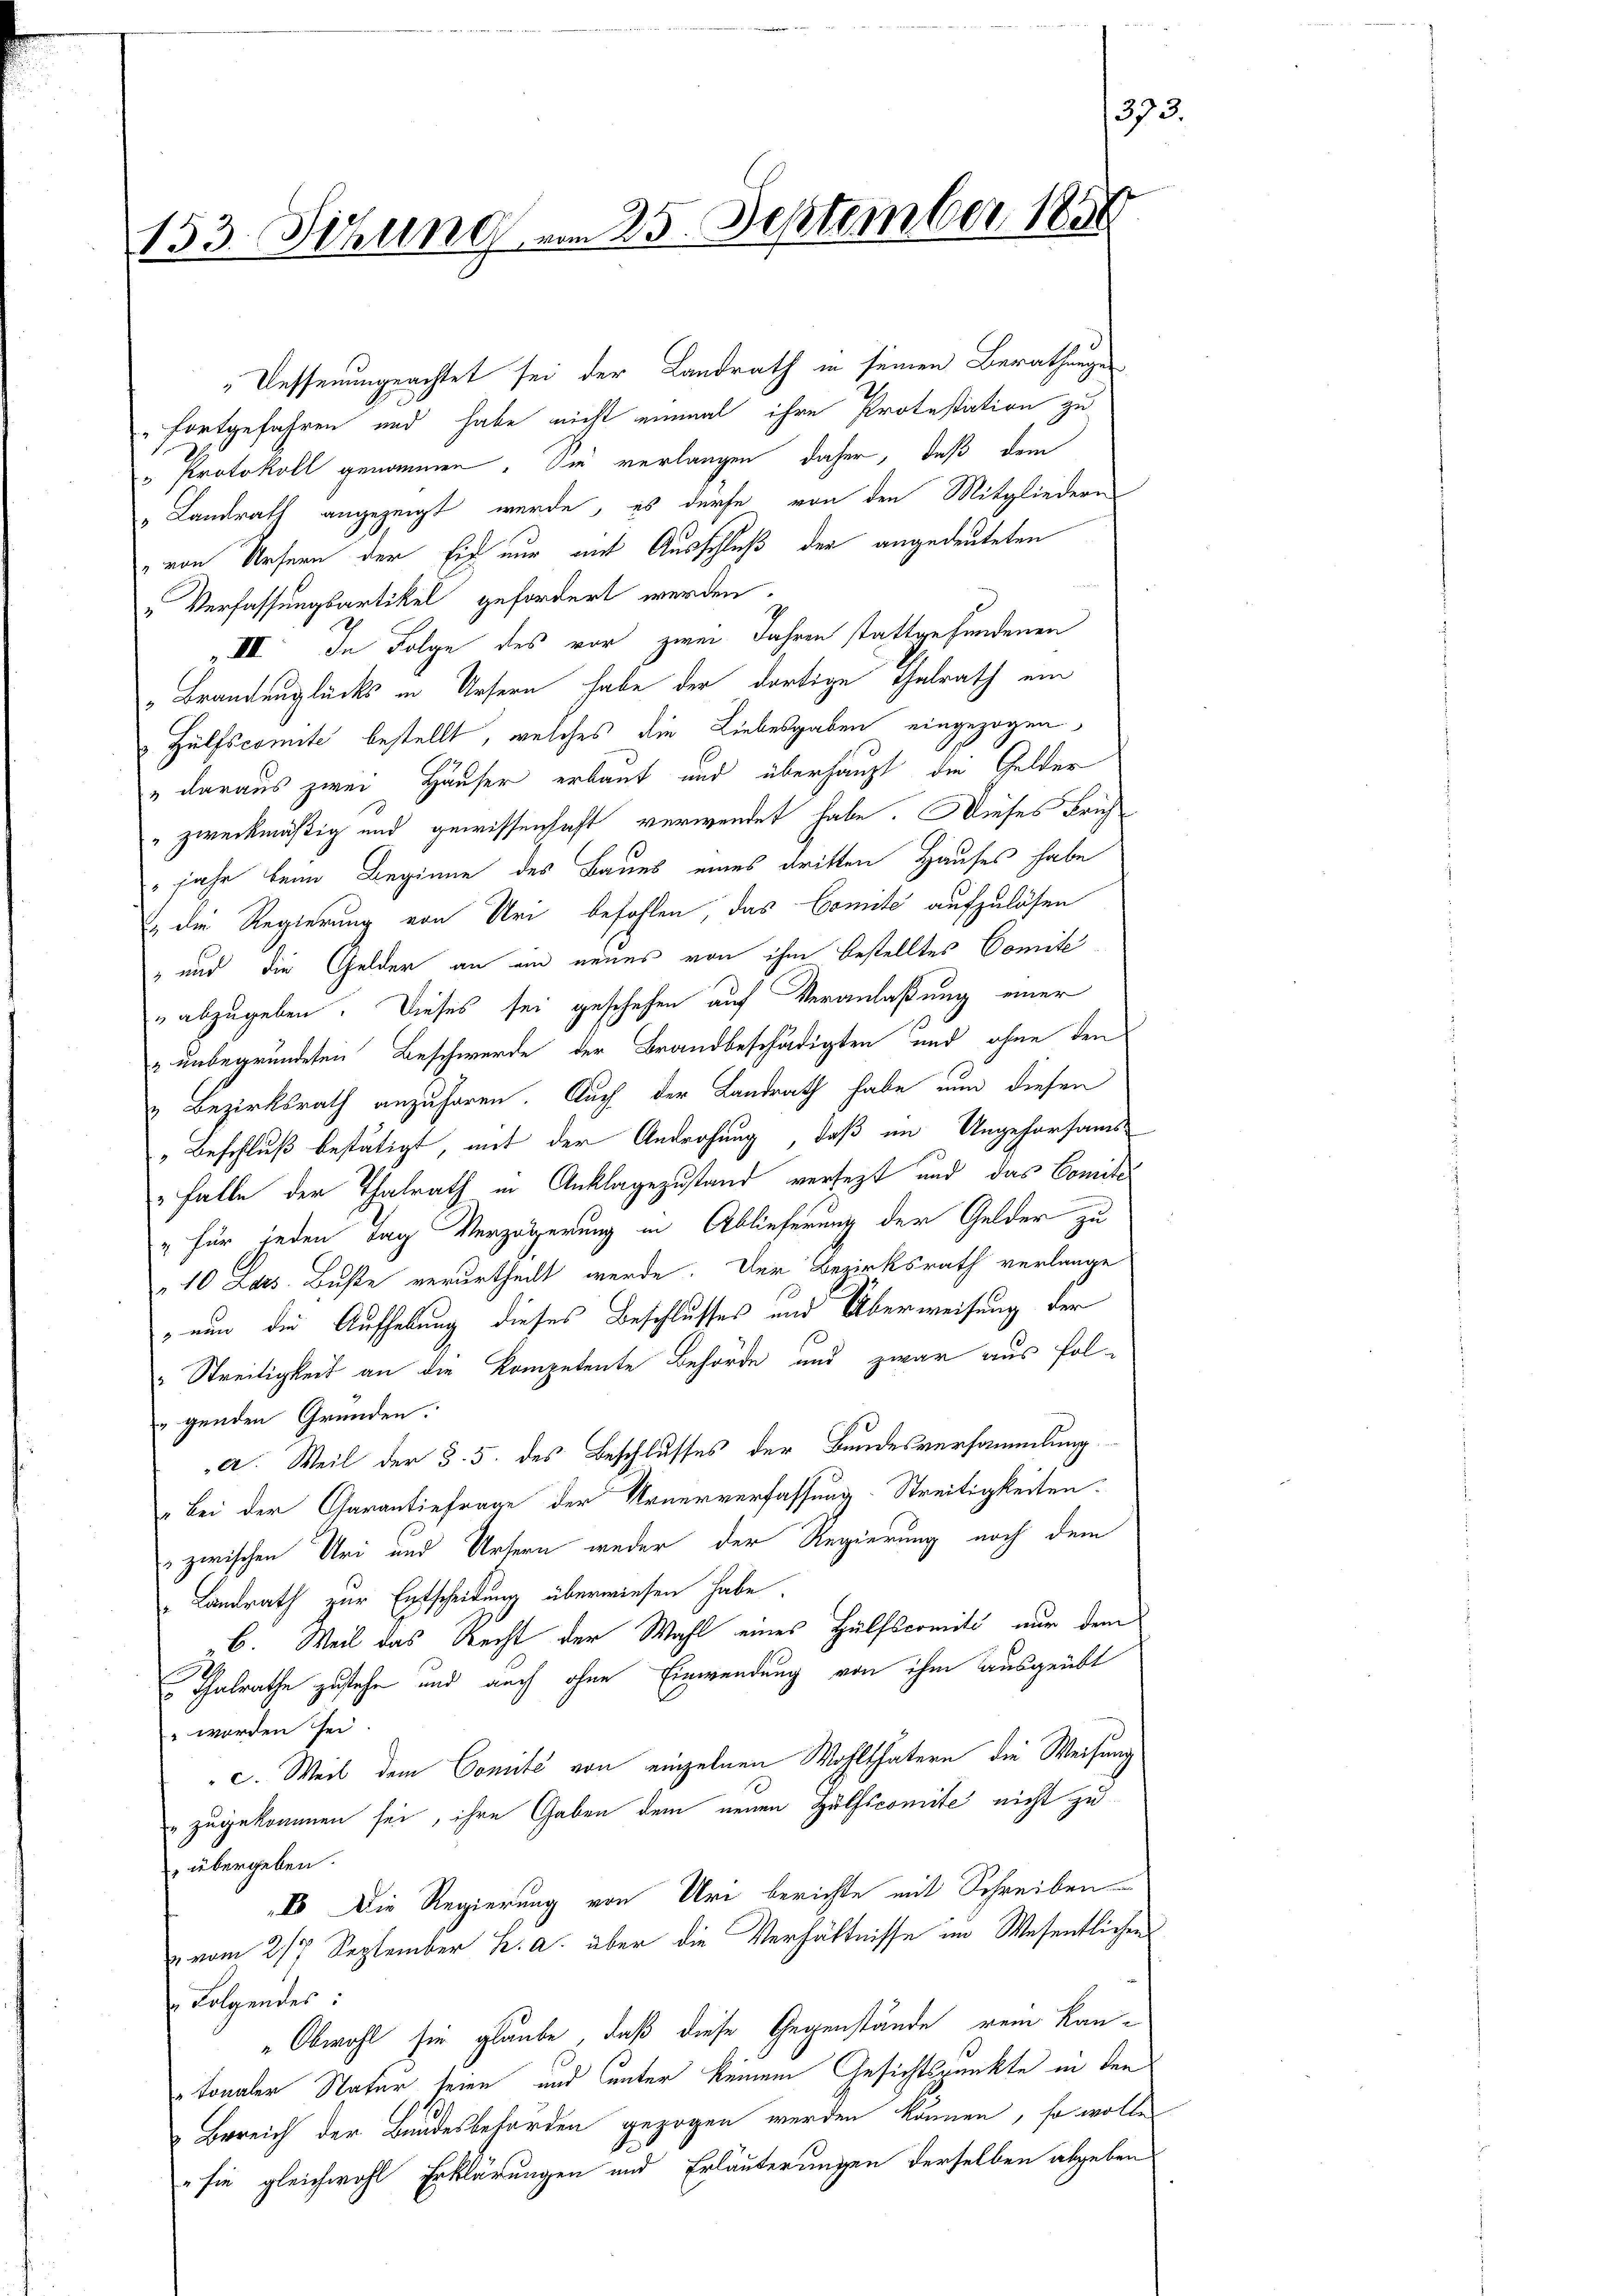
153. Sitzung vom 25. September 1858

Dessenungeachtet sei der Landrath in seinen Berathunge

373.

fortgefahren und habe nicht einmal ihre Protestation zu
" Protokoll genommen. Sie verlangen daher, daß dem
" Landrath angezeigt werde, es dürfe von den Mitgliedern
 von Ursern der Eid nur mit Ausschluß der angedeuteten
„Verfassungsartikel gefordert werden.
„III. In Folge des vor zwei Jahren stattgefundenen
"Brandunglücks in Ursern habe der dortige Thalrath ein
Hülfscomite bestellt, welches die Liebesgaben eingezogen,
" daraus zwei Häuser erbaut und überhaupt die Gelder
" zweckmäßig und gewissenhaft verwendet habe. Dieses Früh
jahr beim Beginne des Baues eines dritten Hauses habe
 die Regierung von Uri befohlen das Comite aufzulösen
" und die Gelder an ein neues von ihm bestelltes Comite
" abzugeben. Dieses sei geschehen auf Veranlaßung einer
 unbegründeten Beschwerde der Brandbeschädigten und ohne den
„ Bezirksrath anzuhören. Auch der Landrath habe nun diesen
" Beschluß bestätigt, mit der Androhung, daß im Ungehorsams
„Falle der Thalrath in Anklagezustand versezt und das Comite
" für jeden Tag Verzögerung in Ablieferung der Gelder zu
10 Lars. Buße verurtheilt werde. Der Bezirksrath verlange
 nun die Aufhebung dieses Beschlusses und Überweisung der
Streitigkeit an die Kompetente Behörde und zwar aus fol-
genden Gründen.
a. Weil der §. 5. des Beschlusses der Bundesversammlung
" bei der Garantiefrage der Urnerverfassung- Streitigkeiten.
zwischen Uri und Ursern weder der Regierung noch dem
Landrath zur Entscheidung überwiesen habe.
C. Weil das Recht der Wahl eines Hülfscomiti nur dem
Thalrathe zustehe und auch ohne Einwendung von ihm ausgeübt
" werden sei
c. Weil dem Comité von einzelnen Wohlthatern die Weisung
zugekommen sei, ihre Gaben dem neuen Hülfscomite nicht zu
 übergeben.
Io Die Regierung von Uri berichte mit Schreiben
u vom 217. September k. a. über die Verhältnisse im Wesentlichen
Folgendes:
"Obwohl sie glaube, daß diese Gegenstände rein Kantonaler Natur seine und unter keinem Gesichtspunkte in den
& Bereich der Bundesbehörden gezogen werden können, so wolle
sie gleichwohl Erklärungen und Erläuterungen derselben abgeben